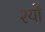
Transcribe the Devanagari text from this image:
श्यो